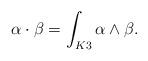
LaTeX: \begin{align*}\alpha\cdot\beta=\int_{K3}\alpha\wedge \beta.\end{align*}